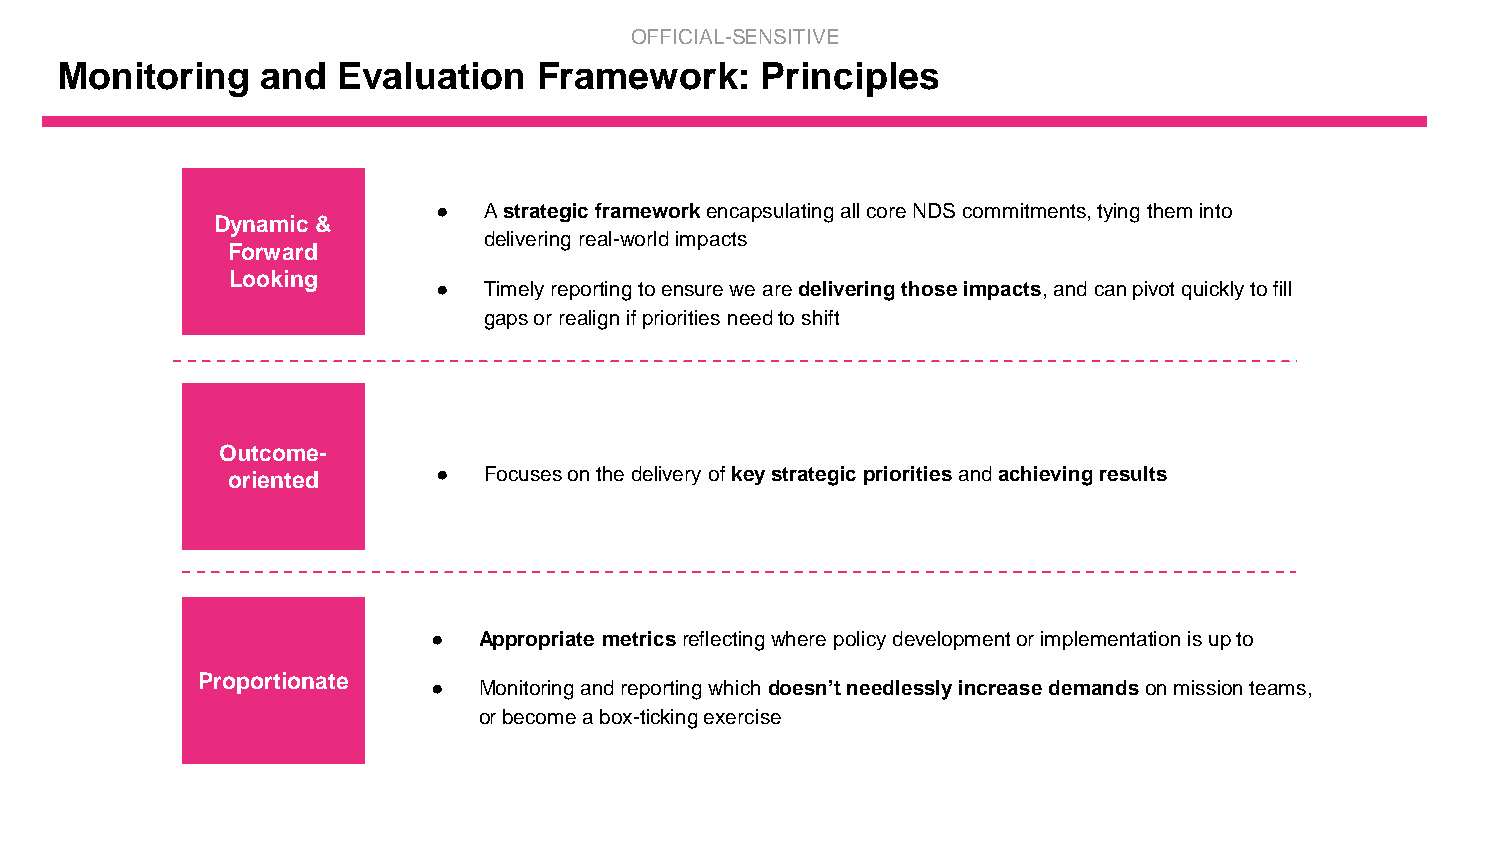
OFFICIAL-SENSITIVE
 Monitoring   and  Evaluation    Framework:    Principles
 ●  A strategic framework encapsulating all core NDS commitments, tying them into
 Dynamic &
 delivering real-world impacts
 Forward
 Looking
 ●  Timely reporting to ensure we are delivering those impacts, and can pivot quickly to fill
 gaps or realign if priorities need to shift
 Outcome-
 oriented      ●  Focuses on the delivery ofkey strategic priorities and achieving results
 ●  Appropriate metricsreflecting where policy development or implementation is up to
 Proportionate
 ●  Monitoring and reporting which doesn’t needlessly increase demandson mission teams,
 or become a box-ticking exercise